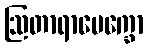
ဩတာရာပေက္ခော